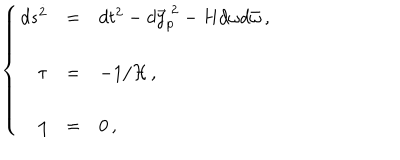
\left\{ \begin{array} { r c l } { { d s ^ { 2 } } } & { { = } } & { { d t ^ { 2 } - d \vec { y } _ { p } ^ { \ 2 } - H d \omega d \bar { \omega } \, , } } \\ { { } } & { { } } & { { } } \\ { { \tau } } & { { = } } & { { - 1 / { \cal H } \, , } } \\ { { } } & { { } } & { { } } \\ { { \eta } } & { { = } } & { { 0 \, , } } \\ \end{array} \right.